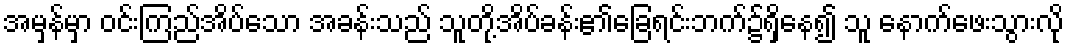
အမှန်မှာ ဝင်းကြည်အိပ်သော အခန်းသည် သူတို့အိပ်ခန်း၏ခြေရင်းဘက်၌ရှိနေ၍ သူ နောက်ဖေးသွားလို